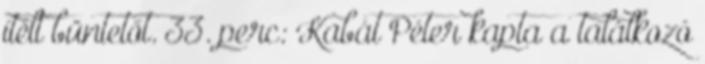
ítélt büntetőt. 33. perc: Kabát Péter kapta a találkozó